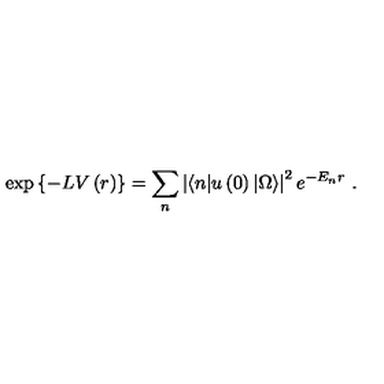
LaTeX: \exp { \left\{ - L V \left( r \right) \right\} } = \sum _ { n } \left| \langle n | u \left( 0 \right) | \Omega \rangle \right| ^ { 2 } e ^ { - E _ { n } r } \ .